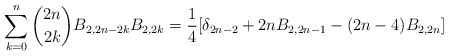
\begin{align*} \sum_{k=0}^{n} \binom{2n}{2k}B_{2,2n-2k}B_{2,2k} =\frac{1}{4}[\delta_{2n-2}+2nB_{2,2n-1}-(2n-4)B_{2,2n}] \end{align*}